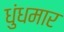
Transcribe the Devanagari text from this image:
धुंधमार